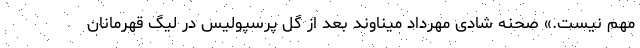
مهم نیست.» صحنه شادی مهرداد میناوند بعد از گل پرسپولیس در لیگ قهرمانان